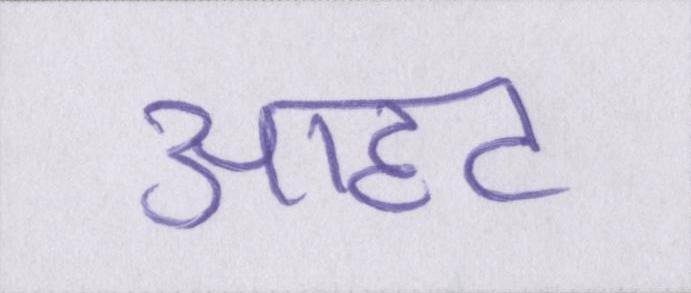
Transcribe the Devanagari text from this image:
आहट